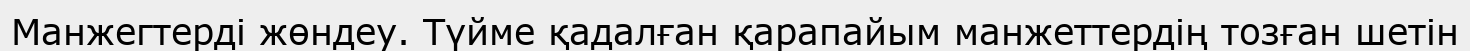
Манжегтерді жөндеу. Түйме қадалған қарапайым манжеттердің тозған шетін